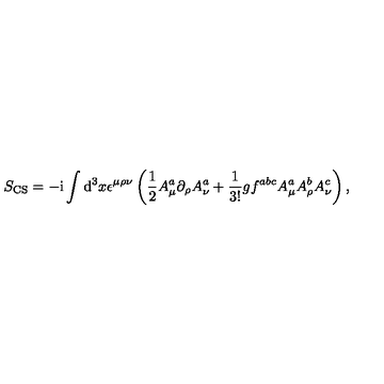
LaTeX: S _ { \mathrm { C S } } = - \mathrm { i } \int \mathrm { d } ^ { 3 } x \epsilon ^ { \mu \rho \nu } \left( \frac { 1 } { 2 } A _ { \mu } ^ { a } \partial _ { \rho } A _ { \nu } ^ { a } + \frac { 1 } { 3 ! } g f ^ { a b c } A _ { \mu } ^ { a } A _ { \rho } ^ { b } A _ { \nu } ^ { c } \right) ,